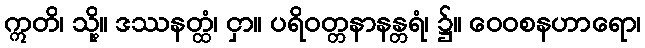
ဣတိ၊ သို့။ ဒဿနတ္ထံ၊ ငှာ။ ပရိဝတ္တနာနန္တရံ၊ ၌။ ဝေဝစနဟာရော၊